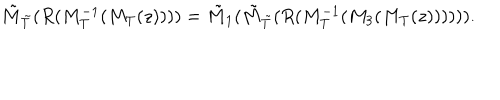
{ \tilde { M } } _ { { \tilde { T } } } ( R ( M _ { T } ^ { - 1 } ( M _ { T } ( z ) ) ) ) = { \tilde { M } } _ { 1 } ( { \tilde { M } } _ { { \tilde { T } } } ( R ( M _ { T } ^ { - 1 } ( M _ { 3 } ( M _ { T } ( z ) ) ) ) ) ) .